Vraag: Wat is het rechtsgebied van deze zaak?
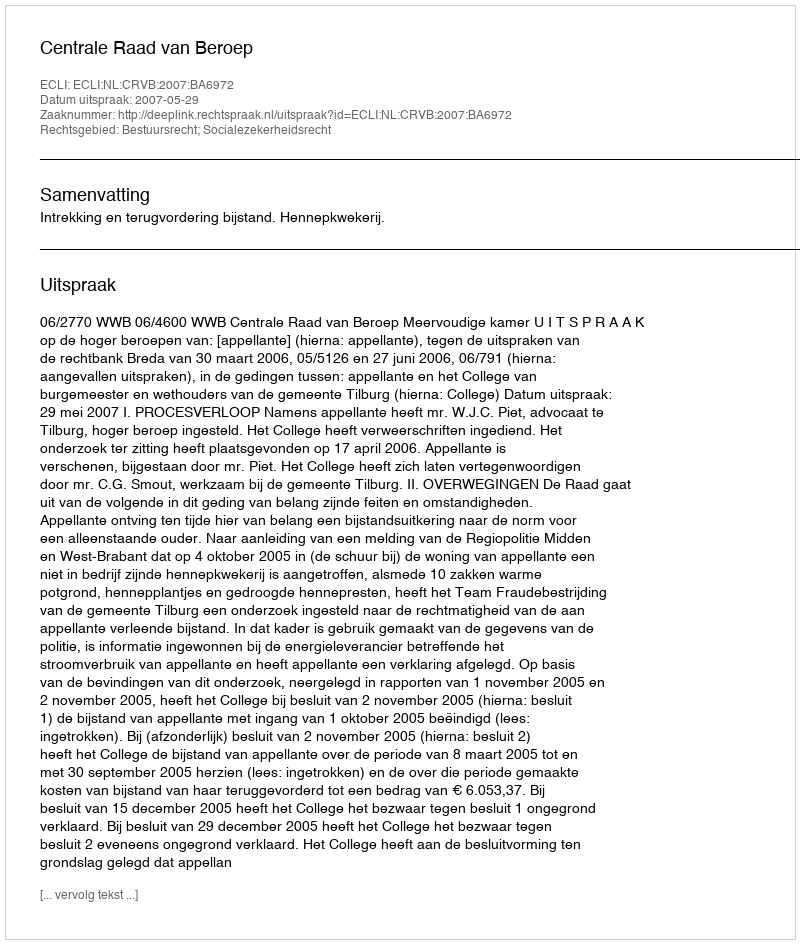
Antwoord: Bestuursrecht; Socialezekerheidsrecht